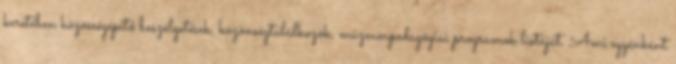
keretében közösségépítő beszélgetések, közönségtalálkozók, múzeumpedagógiai programok listáját. Ami egyénként